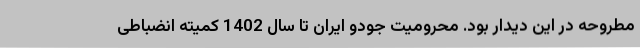
مطروحه در این دیدار بود. محرومیت جودو ایران تا سال 1402 کمیته انضباطی